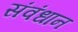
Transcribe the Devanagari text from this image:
संवंधान